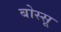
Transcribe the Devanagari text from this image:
बोस्सू